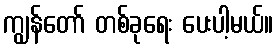
ကျွန်တော် တစ်ခုရေး ပေးပါ့မယ်။